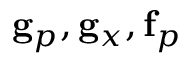
\mathbf { g } _ { p } , \mathbf { g } _ { x } , \mathbf { f } _ { p }